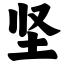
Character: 坚